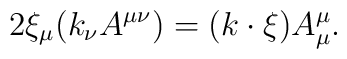
2\xi_\mu(k_\nu A^{\mu\nu})=(k\cdot\xi)A^\mu_\mu.